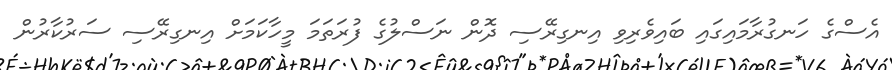
އެސްގެ ހަނގުރާމައިގައި ބައިވެރިވި އިނގިރޭސި ދޮން ނަސްލުގެ ފުރަތަމަ މީހާކަމަށް އިނގިރޭސި ސަރުކާރުން